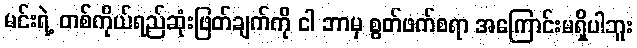
မင်းရဲ့ တစ်ကိုယ်ရည်ဆုံးဖြတ်ချက်ကို ငါ ဘာမှ စွတ်ဖက်စရာ အကြောင်းမရှိပါဘူး